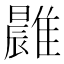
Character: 𩀭